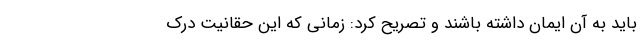
باید به آن ایمان داشته باشند و تصریح کرد: زمانی که این حقانیت درک